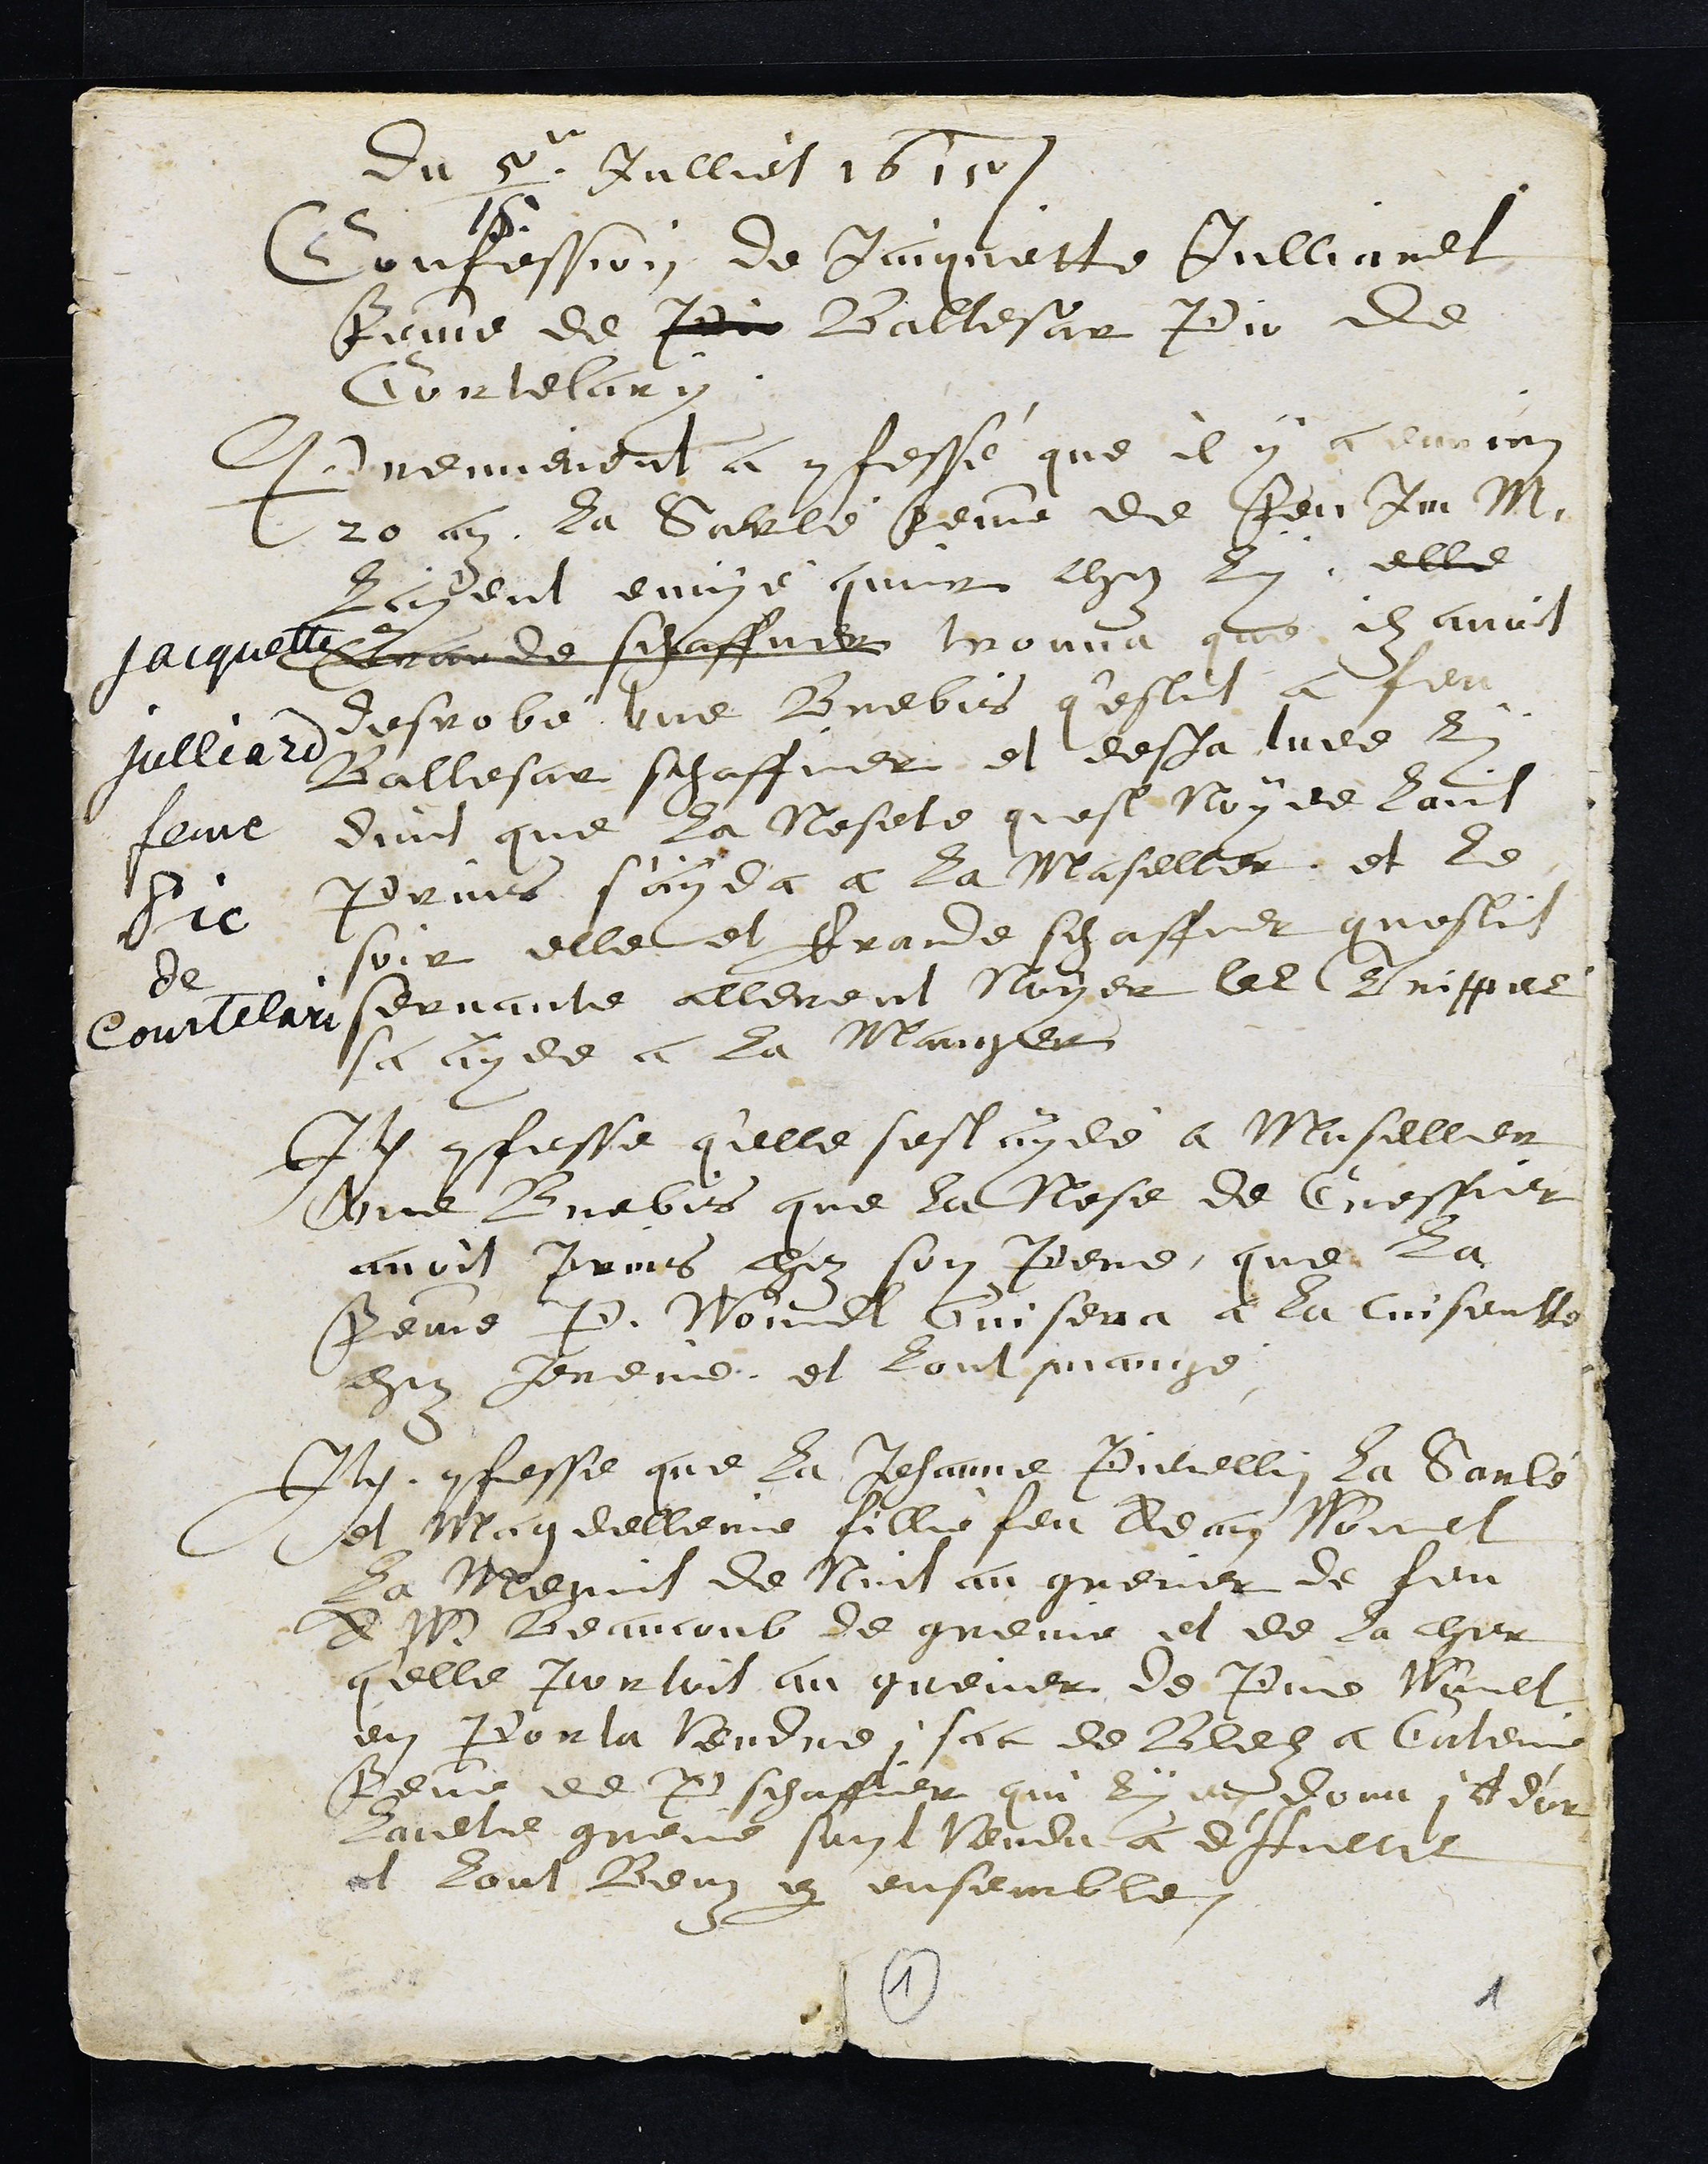
Jacquette
Julliard
feme
Pic
de
Courtelari
Du 5/15 Julliet 1615
Confession de Jaiquette Julliardt
femme de Pic Baltesar Pic de
Cortelary.
Premierement a confessé que il y a environ
20 an la Sarlé femme de feu Jm M.
layent envoyé quir chez lui, elle
Grande schaffner trouva que ilz avoit
desrobe une brebis q'estoit a feu
Ballesar schaffner et desja tuee luy
dient que la Nesete quest Noyee lavit
Prins s'ayda a la Maseller et le
soir elle et Grande schaffner questit
servante allerent noyer les Trippes
sa ayde a la Manger
Item confesse q'elle sest aydé a Maseller
une Brebis que la Nese de Cressier
avoit prins chez son Pere que la
femme P. Woumardt Cuisena a la Cuisentte
chez Jeneive et lont mangé
Item confesse que la Jehanne Pierellin la Sarlé
et Magdelleine fille feu Adam Wounel
La Menint de Nuit au grenier de feu
A W. Beaucoub de guenie et de la cher
quelle portoit au grenier de Piere Wault
en Por la vendre i sac de Blez a Caterine
femme de P schaffier qui luy en dona i lb d'or
Laultre guenie sunt vendu a daultit
et lont Beuz par ensemble
1
1